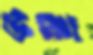
উষ্ণা